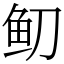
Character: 鱽